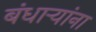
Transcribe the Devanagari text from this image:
बंधार्‍यांना